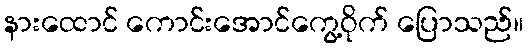
နားထောင် ကောင်းအောင်ကွေ့ဝိုက် ပြောသည်။